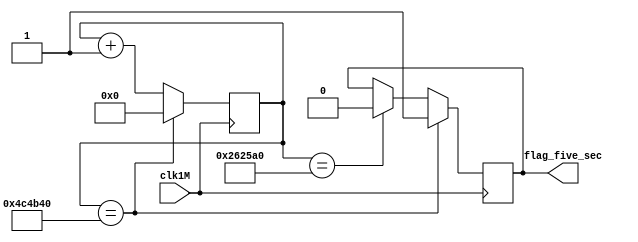
module five_sec (clk1M,flag_five_sec);
input clk1M;
output reg flag_five_sec;
reg [22:0] five_sec;

initial begin
	five_sec<=0;
	flag_five_sec<=1;
end

always @(posedge clk1M) begin

	if(five_sec==5000000)begin
		five_sec<=1'b0;
		flag_five_sec<=1'b1;
	end else if(five_sec==2500000)begin
		five_sec=five_sec+1'b1;
		flag_five_sec<=1'b0;
	end else begin
		five_sec<=five_sec+1'b1;
	end

end

endmodule